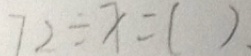
7 2 \div x = ( ) .